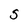
Character: S